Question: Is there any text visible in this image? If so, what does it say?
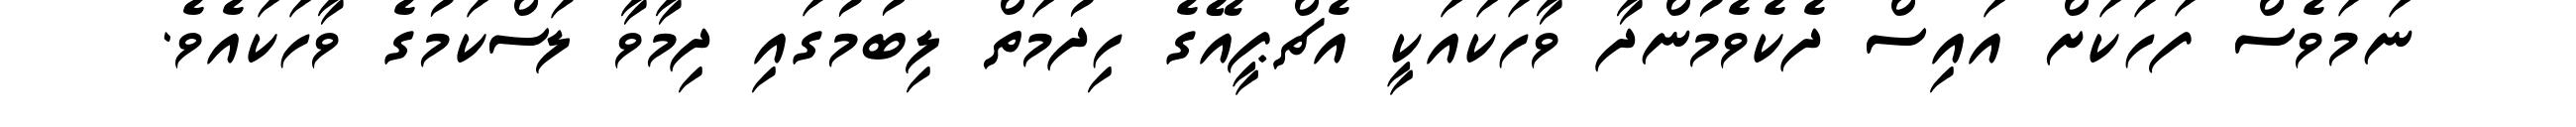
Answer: ނަމަވެސް ފަހަކަށް އައިސް ދެކެވެމުންދާ ވާހަކައަކީ އެޗްޕީއޭގެ ހިދުމަތް ލިބުމުގައި ދިމާވާ ލަސްކަމުގެ ވާހަކައެވެ.